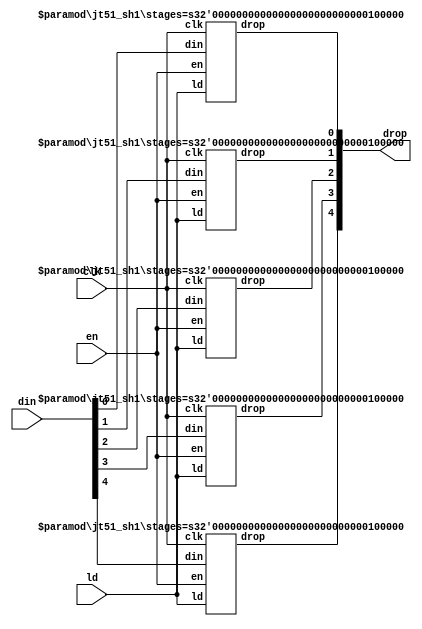
/*  This file is part of JT51.

    JT51 is free software: you can redistribute it and/or modify
    it under the terms of the GNU General Public License as published by
    the Free Software Foundation, either version 3 of the License, or
    (at your option) any later version.

    JT51 is distributed in the hope that it will be useful,
    but WITHOUT ANY WARRANTY; without even the implied warranty of
    MERCHANTABILITY or FITNESS FOR A PARTICULAR PURPOSE.  See the
    GNU General Public License for more details.

    You should have received a copy of the GNU General Public License
    along with JT51.  If not, see <http://www.gnu.org/licenses/>.
	
	Author: Jose Tejada Gomez. Twitter: @topapate
	Version: 1.0
	Date: 27-10-2016
	*/
	
`timescale 1ns / 1ps

module jt51_sh2 #(parameter width=5, stages=32 )
(
	input 							clk,
	input							en,
	input							ld,
	input		[width-1:0]			din,
   	output		[width-1:0]			drop
);

genvar i;
generate
	for( i=0; i<width; i=i+1) begin: shifter
		jt51_sh1 #(.stages(stages)) u_sh1(
			.clk	( clk 	 ),
			.en		( en  	 ),
			.ld		( ld	 ),
			.din	( din[i] ),
			.drop	( drop[i])
		);
	end
endgenerate

endmodule

module jt51_sh1 #(parameter stages=32)
(
	input 	clk,
	input	en,
	input	ld,
	input	din,
   	output	drop
);

reg	[stages-1:0] shift;
assign drop = shift[0];
wire next = ld ? din : drop;

always @(posedge clk ) 
	if( en )
		shift <= {next, shift[stages-1:1]};

endmodule